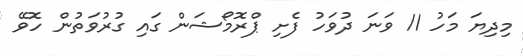
މިދިޔަ މަހު 11 ވަނަ ދުވަހު ފެށި ޕްރޮމޯޝަން ގައި ގުރުވަތުން ހޮވޭ